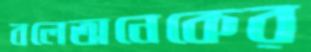
বলেঅনেকের